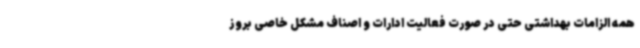
همه الزامات بهداشتی حتی در صورت فعالیت ادارات و اصناف مشکل خاصی بروز